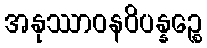
အနုဿာဝနဝိပန္နဉ္စေ